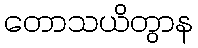
တောသယိတွာန